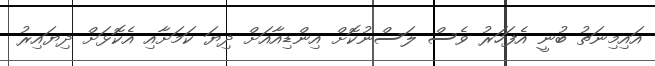
އައިމިނަތު ބުނީ އެފަހަރު ވެސް ލަސްނުކޮށް އިންޑިއާއަށް ދިޔަ ކަމަށާއި އެކޮޅަށް ދިޔައިރު